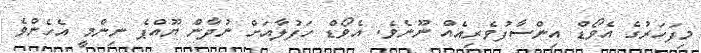
މިފަހަރުގެ އެވޯޑް އިންސާފުވެރިއެއް ނޫނެވެ. އެވޯޑް ހަފުލާއަށް ނުދާން ޔޫއްޕެ ނިންމީ އެހެންވެ